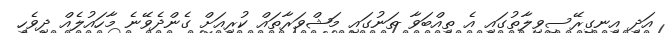
އަދި އިނގިރޭސިވިލާތުގައި އެ ތިއްބަވާ ތަނުގައި މަޝްވަރާތައް ކުރިއަށް ގެންދެވޭނެ މާހައުލެއް ދިވެހި